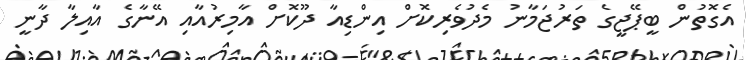
އެގޮތުން ބީޕޭޖީގެ ތަރުޖަމާނު މެދުވެރިކޮށް އިންޑިއާ ދޫކޮށް އާމިރުއާއި އޭނާގެ އާއިލާ ދާނީ